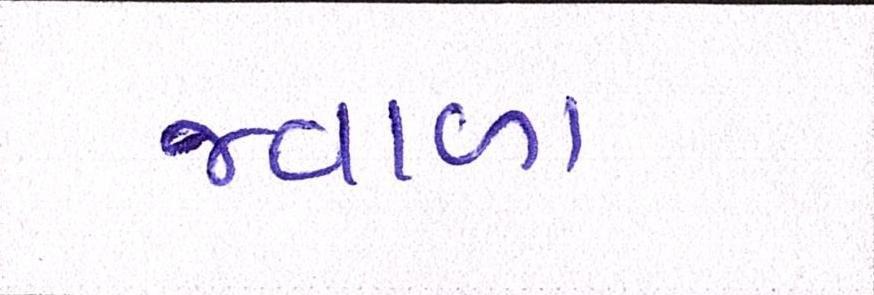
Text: જ્વાળા